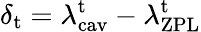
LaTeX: \delta_{\mathrm{t}}=\lambda_{\mathrm{cav}}^{\mathrm{t}}-\lambda_{\mathrm{ZPL}}^{\mathrm{t}}